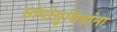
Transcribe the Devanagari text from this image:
सोयीसुविधांना